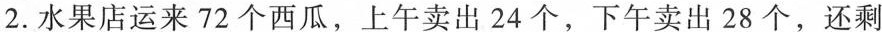
2.水果店运来72个西瓜，上午卖出24个，下午卖出28个，还剩